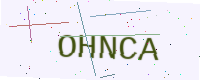
Text: OHNCA